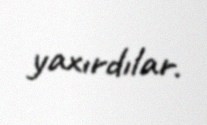
yaxırdılar.